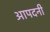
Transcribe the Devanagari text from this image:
आपदनी